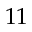
1 1